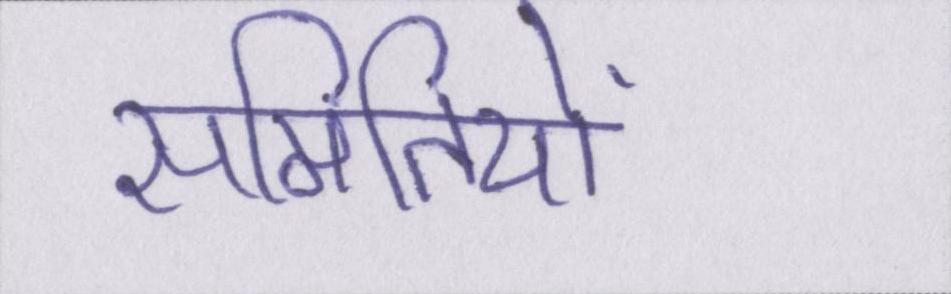
समितियों